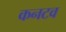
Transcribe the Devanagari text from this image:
कनटव